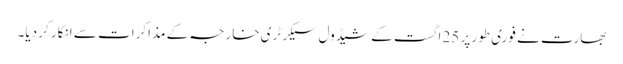
بھارت نے فوری طور پر 25 اگست کے شیڈول سیکرٹری خارجہ کے مذاکرات سے انکار کر دیا۔